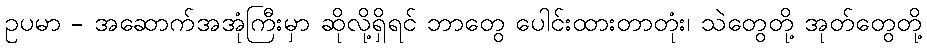
ဥပမာ - အဆောက်အအုံကြီးမှာ ဆိုလို့ရှိရင် ဘာတွေ ပေါင်းထားတာတုံး၊ သဲတွေတို့ အုတ်တွေတို့